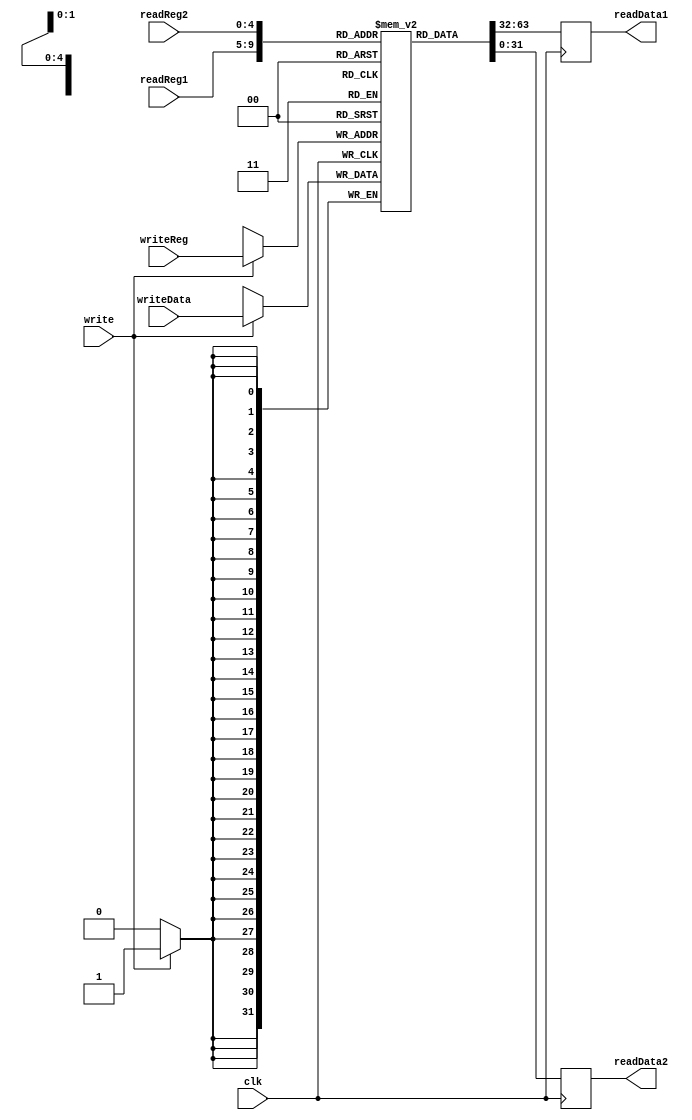
module regfile
    (input wire clk,write, input wire[4:0] readReg1,readReg2,writeReg,input wire[31:0] writeData,
    output reg[31:0]readData1,readData2);

    reg [31:0] reg_table [31:0];
    integer i;

    initial 
    begin
        for (i=0; i<32; i=i+1)
        reg_table[i]=0;
    end    

    always @(posedge clk)
    begin
    readData1 <= reg_table[readReg1];
    readData2 <= reg_table[readReg2];
    if (write) 
    begin
        reg_table[writeReg] <= writeData;
    end
    end

endmodule